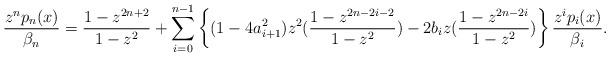
LaTeX: \begin{align*}\frac{z^n p_n(x)}{\beta_n}=\frac{1-z^{2n+2}}{1-z^2}+\sum_{i=0}^{n-1}\left\{(1-4a_{i+1}^2)z^2(\frac{1-z^{2n-2i-2}}{1-z^2})-2b_i z(\frac{1-z^{2n-2i}}{1-z^2})\right\}\frac{z^i p_i(x)}{\beta_i}.\end{align*}